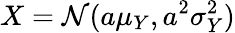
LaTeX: X=\mathcal{N}(a\mu_{Y},a^{2}\sigma_{Y}^{2})